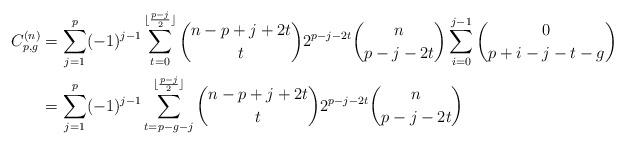
LaTeX: \begin{align*}C_{p,g}^{(n)}&= \sum_{j=1}^{p} (-1)^{j-1} \sum_{t=0}^{\lfloor\frac{p-j}{2}\rfloor} \binom{n-p+j+2t}{t}2^{p-j-2t} \binom{n}{p-j-2t}\sum_{i=0}^{j-1} \binom{0}{p+i-j-t-g} \\&= \sum_{j=1}^{p} (-1)^{j-1} \sum_{t=p-g-j}^{\lfloor\frac{p-j}{2}\rfloor} \binom{n-p+j+2t}{t}2^{p-j-2t} \binom{n}{p-j-2t}\end{align*}